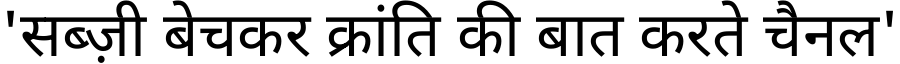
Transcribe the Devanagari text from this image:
'सब्ज़ी बेचकर क्रांति की बात करते चैनल'